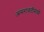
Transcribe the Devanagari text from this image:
अमरावतीमध्ये